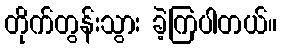
တိုက်တွန်းသွား ခဲ့ကြပါတယ်။